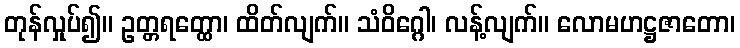
တုန်လှုပ်၍။ ဥတ္တရတ္ထော၊ ထိတ်လျက်။ သံဝိဂ္ဂေါ၊ လန့်လျက်။ လောမဟဋ္ဌဇာတော၊